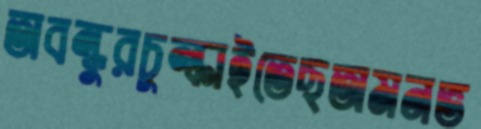
অবন্ধুরচুল্‌কাইতেছঅমনভ